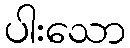
ပါးသော